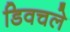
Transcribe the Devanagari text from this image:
डिवचले